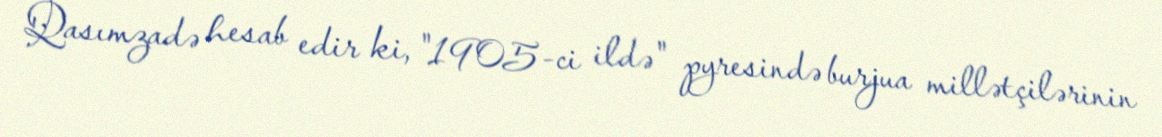
Qasımzadə hesab edir ki, "1905-ci ildə" pyresində burjua millətçilərinin